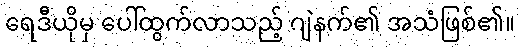
ရေဒီယိုမှ ပေါ်ထွက်လာသည့် ဂျဲနက်၏ အသံဖြစ်၏။